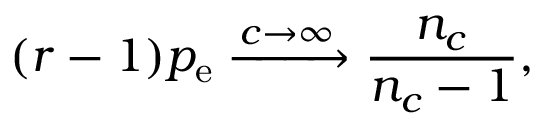
( r - 1 ) p _ { \mathrm { e } } \xrightarrow [ ] { c \rightarrow \infty } \frac { n _ { c } } { n _ { c } - 1 } ,